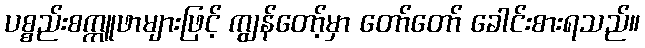
ပစ္စည်းစက္ကူဖာများဖြင့် ကျွန်တော့်မှာ တော်တော် ခေါင်းစားရသည်။